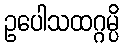
ဥပေါသထဂ္ဂမ္ပိ